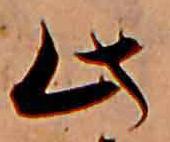
此